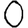
Digit: 0